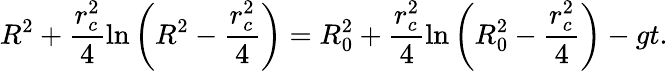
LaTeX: R^{2}+\frac{r_{c}^{2}}{4}\ln{\left(R^{2}-\frac{r_{c}^{2}}{4}\right)}=R_{0}^{2}+\frac{r_{c}^{2}}{4}\ln{\left(R_{0}^{2}-\frac{r_{c}^{2}}{4}\right)}-gt.